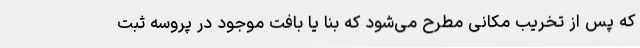
که پس از تخریب مکانی مطرح می‌شود که بنا یا بافت موجود در پروسه ثبت